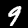
Digit: 9